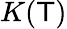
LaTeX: K(\mathsf{T})